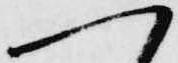
一